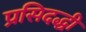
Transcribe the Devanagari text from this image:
प्रसिदद्धी